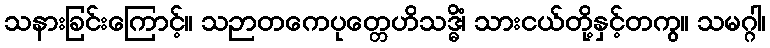
သနားခြင်းကြောင့်။ သဉာတကေပုတ္တေဟိသဒ္ဓိံ၊ သားငယ်တို့နှင့်တကွ။ သမဂ္ဂါ၊